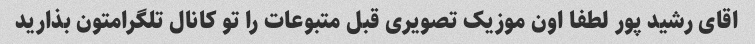
اقای رشید پور لطفا اون موزیک تصویری قبل متبوعات را تو کانال تلگرامتون بذارید